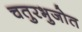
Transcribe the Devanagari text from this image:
चतुरभुजोत